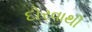
દોરવાથી